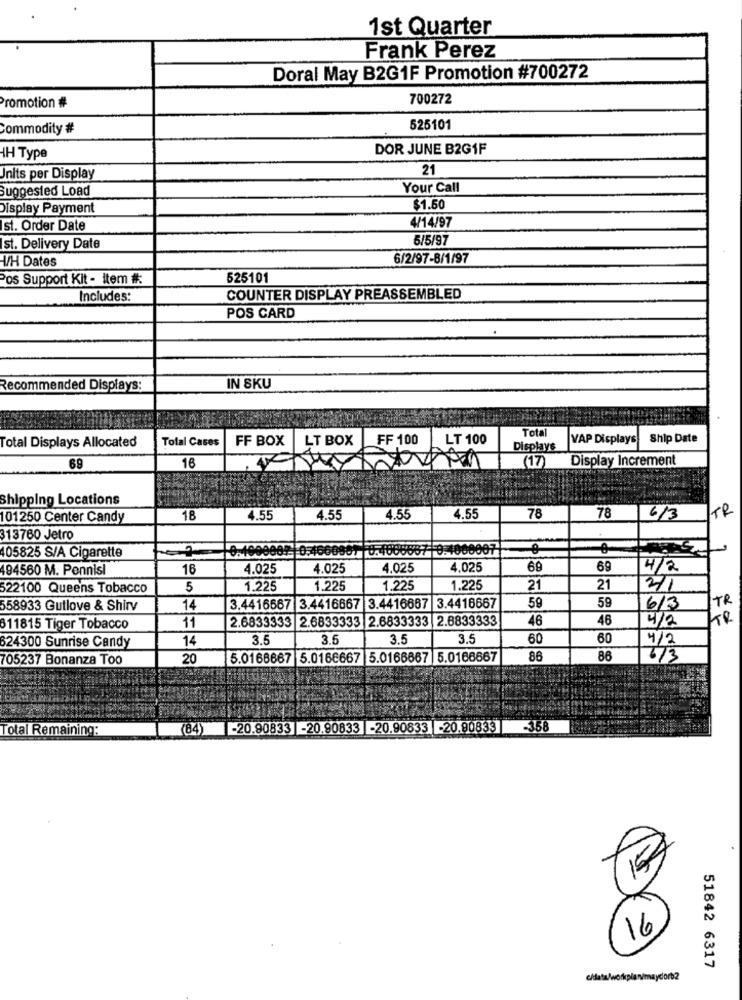
1st Quarter
Frank Perez
Doral May B2G1F Promotion #700272
Promotion #
700272
Commodity #
525101
DOR JUNE B2G1F
4H Type
21
Inits per Display
Suggested Load
Your Call
Display Payment
$1.50
4/14/97
st. Order Date
5/5/97
Ist. Delivery Date
W/H Dates
6/2/97-8/1/97
os Support Kit - item #
525101
Includes:
COUNTER DISPLAY PREASSEMBLED
POS CARD
Recommended Displays:
IN SKU
Total
Total Cases
FF BOX
LT BOX
FF 100
LT 100
VAP Displays
Ship Date
Total Displays Allocated
Displays
Display Increment
69
16
(17)
Shipping Locations
TR
101250 Center Candy
18
4.55
4.55
4.55
4.55
78
78
6/3
313760 Jetro
19:1000007
405825 S/A Cigarette
194560 M. Pennisi
16
4.025
4.025
4.025
4.025
69
69
4/2
522100 Queens Tobacco
5
1,225
1.225
1.225
1.225
21
21
2/1
59
TR
658933 Gutlove & Shirv
14
3.4416667 3.4416667 3.4416667 3.4416667
59
6/3
2.6833333 2.6833333 2.6833333 2.8833333
46
46
4/2
811815 Tiger Tobacco
11
14
3.5
3.5
3.5
3.5
60
60
4/2
624300 Sunrise Candy
705237 Bonanza Too
20
5.0166667 5.0166667 5.0166667 5.0166667
86
86
6/3
Total Remaining:
(84) -20.90833 -20.90833 -20.90833 -20.90833 -358
15
16
51842 6317
c/data/workplan/maydorb2